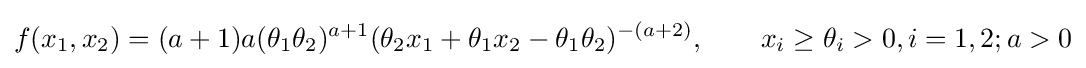
f(x_{1},x_{2})=(a+1)a(\theta _{1}\theta _{2})^{a+1}(\theta _{2}x_{1}+\theta _{1}x_{2}-\theta _{1}\theta _{2})^{-(a+2)},\qquad x_{i}\geq \theta _{i}>0,i=1,2;a>0